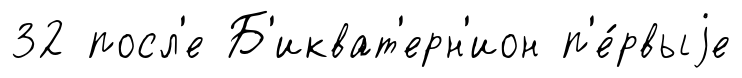
32 посл'е Б'икват'ерн'ион п'е́рвыjе